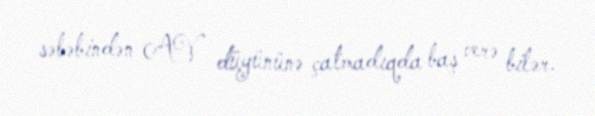
səbəbindən AV düyününə çatmadıqda baş verə bilər.